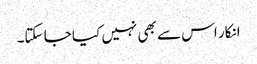
انکار اس سے بھی نہیں کیا جا سکتا۔